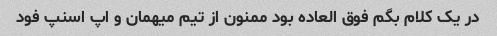
در یک کلام بگم فوق العاده بود ممنون از تیم میهمان و اپ اسنپ فود